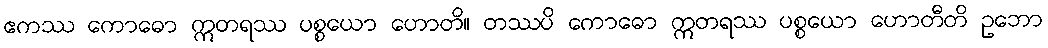
ဧကဿ ကောဓော ဣတရဿ ပစ္စယော ဟောတိ။ တဿပိ ကောဓော ဣတရဿ ပစ္စယော ဟောတီတိ ဥဘော